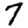
Digit: 7